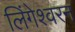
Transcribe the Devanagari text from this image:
लिंगेश्वरन